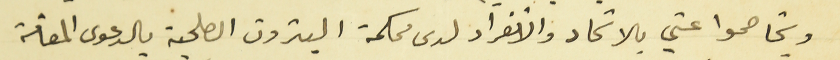
ويخاصموا عني بالاتحاد والانفراد لدى محكمة البترون الصلحية بالدعوى المقامة